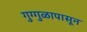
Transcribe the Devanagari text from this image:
गुग्गुळापासून